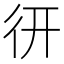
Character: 𢓄